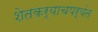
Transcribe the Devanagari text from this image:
शेतकर्याचपर्यंत